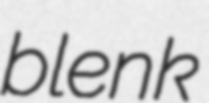
blenk